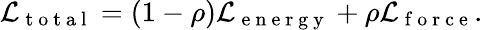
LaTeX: \mathcal{L}_{\mathrm{~t~o~t~a~l~}}=(1-\rho)\mathcal{L}_{\mathrm{~e~n~e~r~g~y~}}+\rho\mathcal{L}_{\mathrm{~f~o~r~c~e~}}.